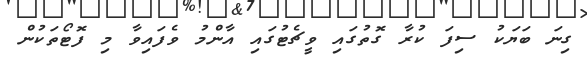
ގިނަ ބަޔަކު ސިފަ ކުރާ ގޮތުގައި ވީޗެޓުގައި އާންމު ވެފައިވާ މި ފޮޓޯތަކުން